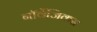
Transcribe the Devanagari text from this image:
नॉर्वेजिकस